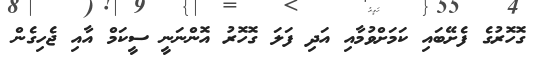
ގޮހޮރުގެ ފެށޭބައި ކަމަށްވުމާއި އަދި ފަލަ ގޮހޮރު އޮންނަނީ ސީކަމް އާއި ޖެހިގެން